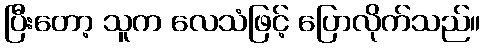
ပြီးတော့ သူက လေသံဖြင့် ပြောလိုက်သည်။